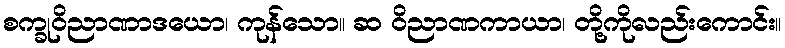
စက္ခုဝိညာဏာဒယော၊ ကုန်သော။ ဆ ဝိညာဏကာယာ၊ တို့ကိုလည်းကောင်း။